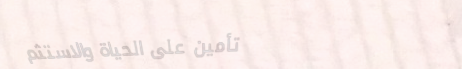
تأمين على الحياة والاستثم